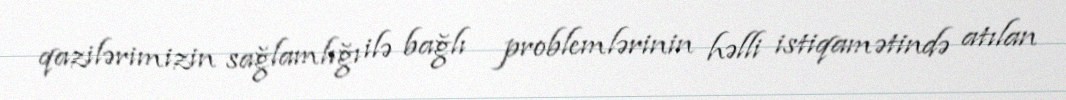
qazilərimizin sağlamlığı ilə bağlı problemlərinin həlli istiqamətində atılan